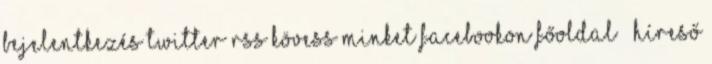
Bejelentkezés Twitter RSS Kövess minket Facebookon Főoldal » Híreső